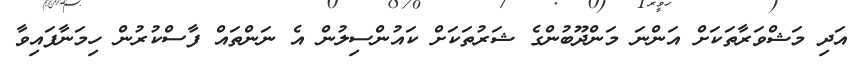
އަދި މަޝްވަރާތަކަށް އަންނަ މަންދޫބުންގެ ޝަރުތަކަށް ކައުންސިލުން އެ ނަންތައް ފާސްކުރުން ހިމަނާފައިވާ